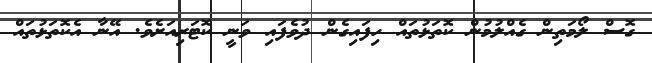
ގޮސް ލޯމަތިން ގެއްލުމުން ކޮތަޅުތައް ހިފައިގެން ދުވެފައި ވަނީ ކޮޓަރިއަށެވެ. އޭނާ އެކޮތަޅުތައް